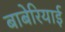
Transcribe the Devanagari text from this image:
बाबेरियाई